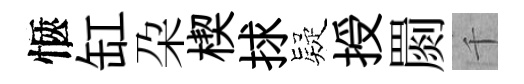
愜缸朶楔捄疑授罽千